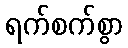
ရက်စက်စွာ